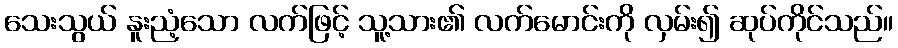
သေးသွယ် နူးညံ့သော လက်ဖြင့် သူ့သား၏ လက်မောင်းကို လှမ်း၍ ဆုပ်ကိုင်သည်။